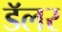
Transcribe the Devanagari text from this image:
डॅलर